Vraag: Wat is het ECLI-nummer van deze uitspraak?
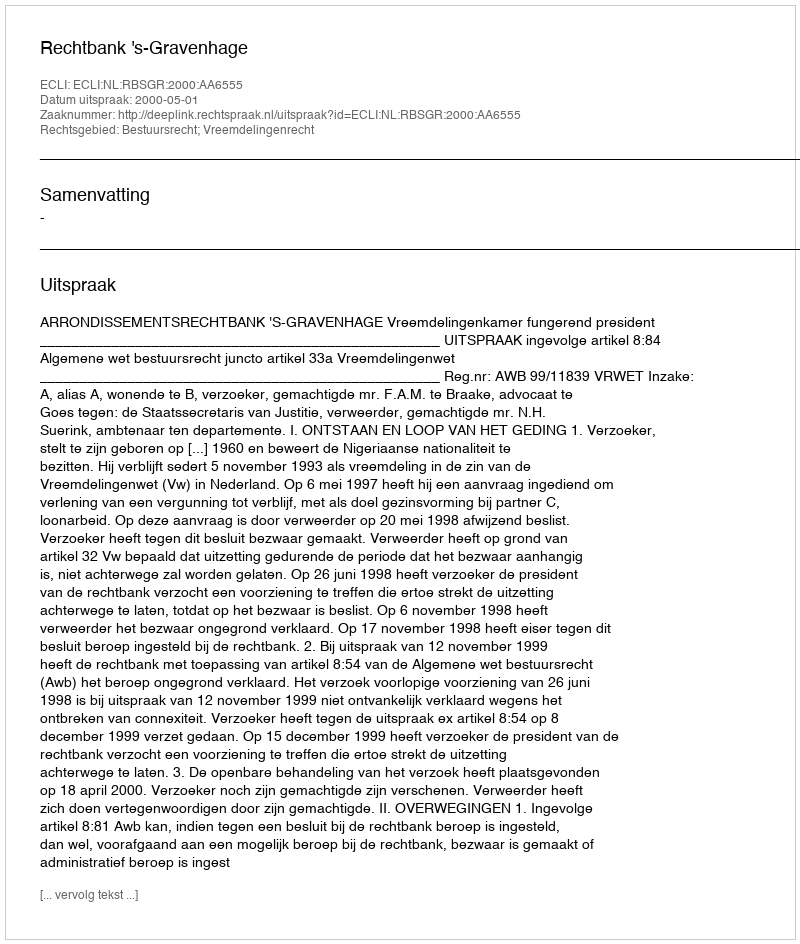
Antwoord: ECLI:NL:RBSGR:2000:AA6555